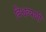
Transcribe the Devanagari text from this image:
विश्वव्‍यापी